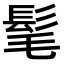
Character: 髦